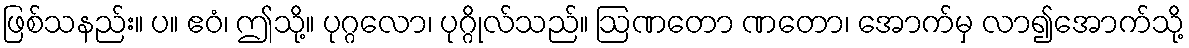
ဖြစ်သနည်း။ ပ။ ဧဝံ၊ ဤသို့။ ပုဂ္ဂလော၊ ပုဂ္ဂိုလ်သည်။ ဩဏတော ဏတော၊ အောက်မှ လာ၍အောက်သို့